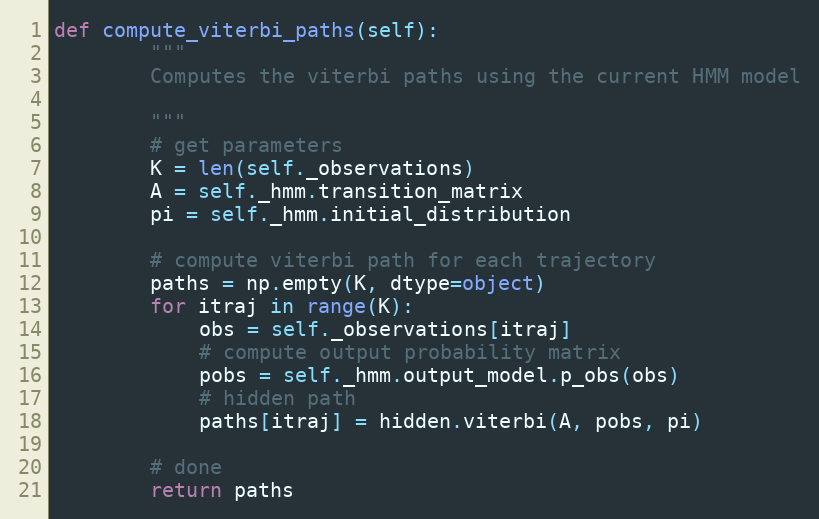
Language: Python
def compute_viterbi_paths(self):
        """
        Computes the viterbi paths using the current HMM model

        """
        # get parameters
        K = len(self._observations)
        A = self._hmm.transition_matrix
        pi = self._hmm.initial_distribution

        # compute viterbi path for each trajectory
        paths = np.empty(K, dtype=object)
        for itraj in range(K):
            obs = self._observations[itraj]
            # compute output probability matrix
            pobs = self._hmm.output_model.p_obs(obs)
            # hidden path
            paths[itraj] = hidden.viterbi(A, pobs, pi)

        # done
        return paths